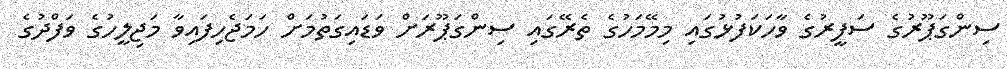
ސިންގަޕޫރުގެ ސަފީރުގެ ވާހަކަފުޅުގައި މިމޭމަހުގެ ތެރޭގައި ސިންގަޕޫރަށް ވަޑައިގަތުމަށް ހަމަޖެހިފައިވާ މަޖިލީހުގެ ވަފްދުގެ